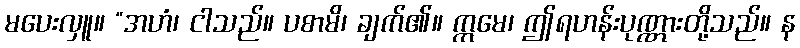
မပေးလှူ။ “အဟံ၊ ငါသည်။ ပစာမိ၊ ချက်၏။ ဣမေ၊ ဤရဟန်းပုဏ္ဏားတို့သည်။ န